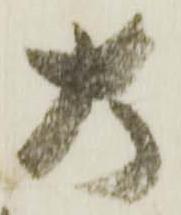
大